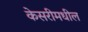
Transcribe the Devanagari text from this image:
केसरीमधील